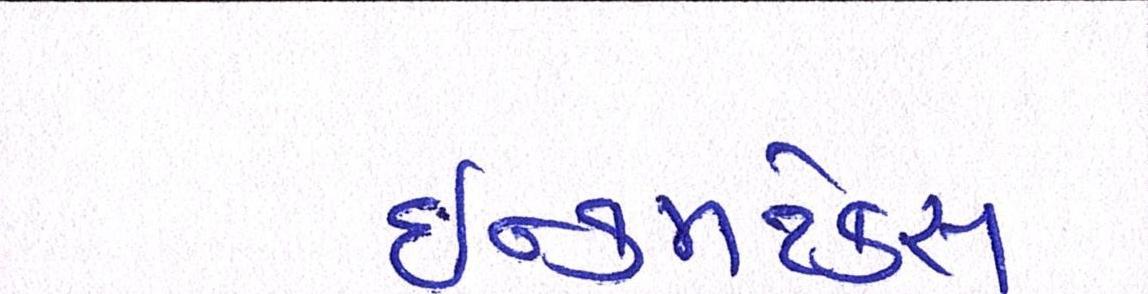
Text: ઈન્કમટેક્સ